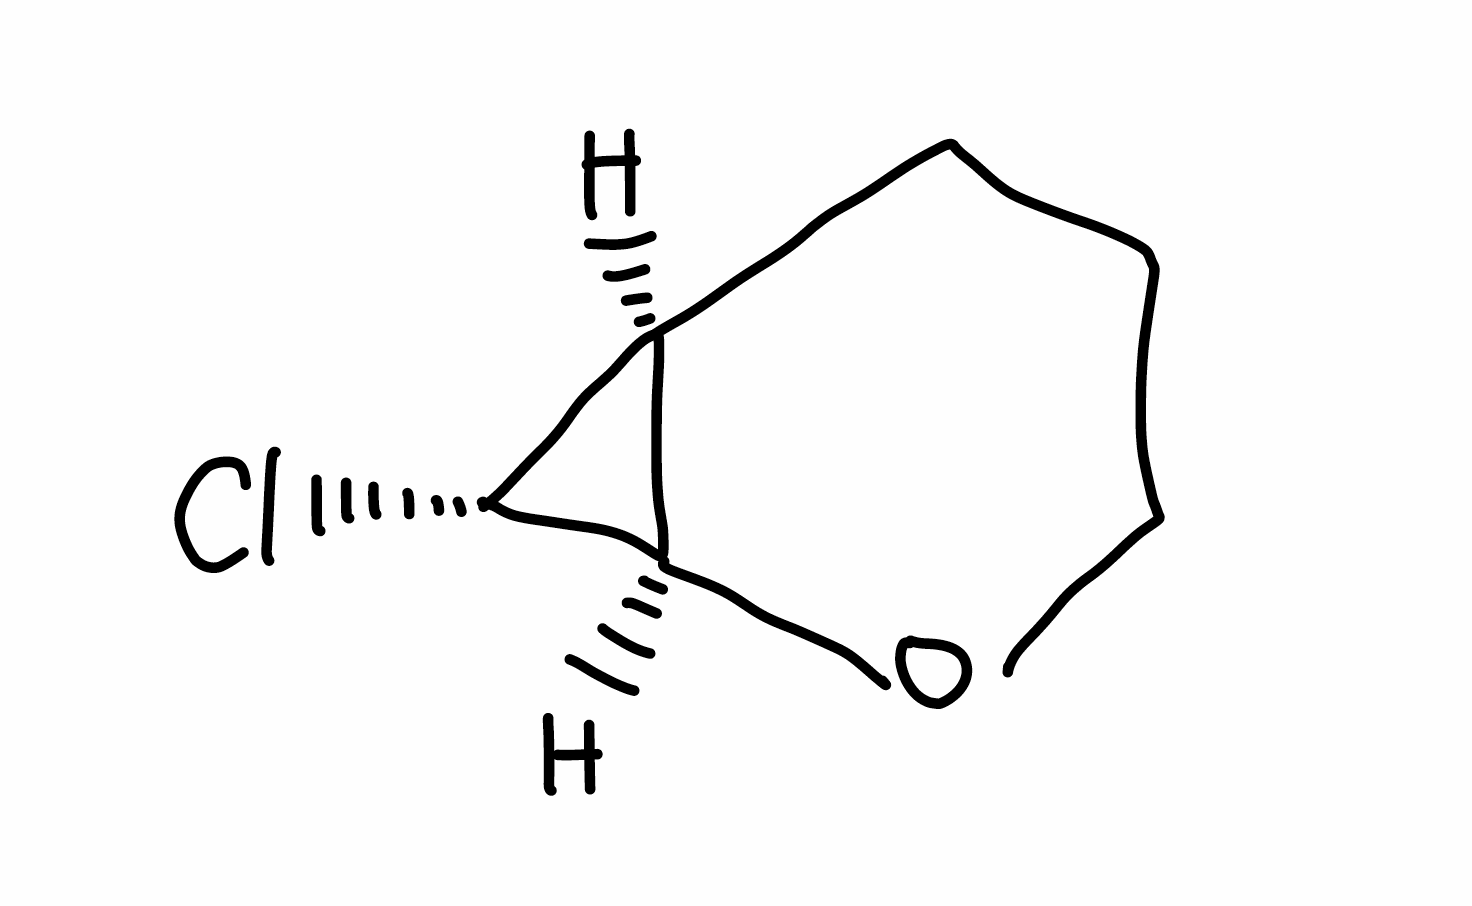
Simplified molecular-input line-entry system (SMILES) notation of the given molecule:
C1C[C@H]2[C@H]([C@@H]2Cl)OC1